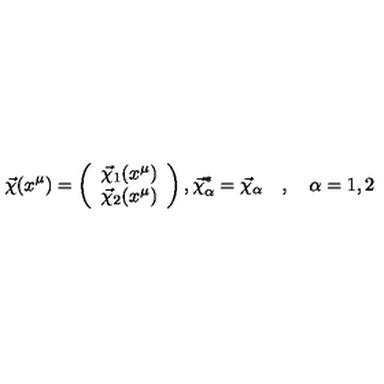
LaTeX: \vec { \chi } ( x ^ { \mu } ) = \left( \begin{array} { c } { \vec { \chi } _ { 1 } ( x ^ { \mu } ) } \\ { \vec { \chi } _ { 2 } ( x ^ { \mu } ) } \\ \end{array} \right) , \vec { \chi } _ { \alpha } ^ { * } = \vec { \chi } _ { \alpha } \quad , \quad \alpha = 1 , 2